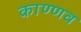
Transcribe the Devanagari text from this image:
काण्णव